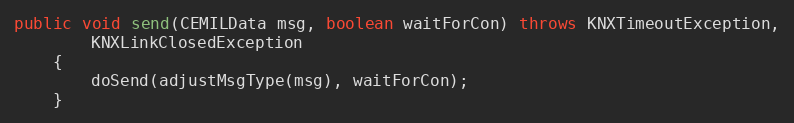
Language: Java
public void send(CEMILData msg, boolean waitForCon) throws KNXTimeoutException,
		KNXLinkClosedException
	{
		doSend(adjustMsgType(msg), waitForCon);
	}